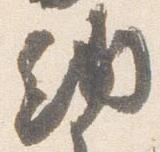
納